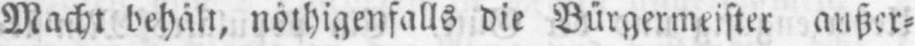
Macht behält, nöthigenfalls die Bürgermeister außer⸗